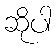
ဆိုပါ